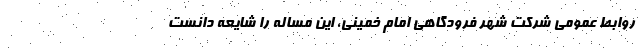
روابط عمومی شرکت شهر فرودگاهی امام خمینی، این مساله را شایعه دانست